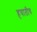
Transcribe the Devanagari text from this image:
हयातीच